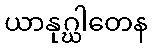
ယာနုဂ္ဃါတေန